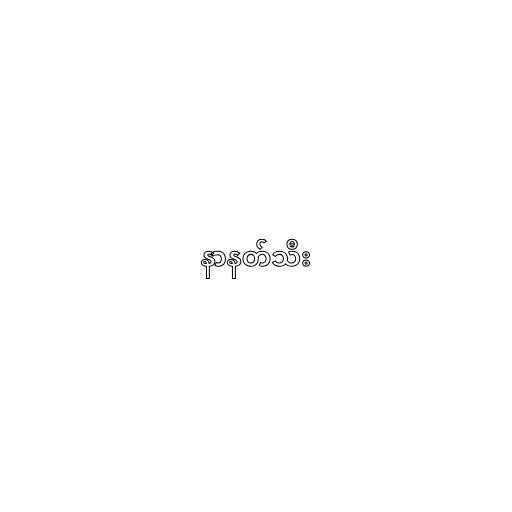
နာနတ်သီး